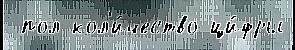
 пол кол'и́чество ци́фры